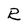
Character: R